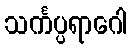
သင်္ကပ္ပရာဂေါ